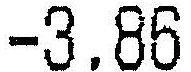
-3.86